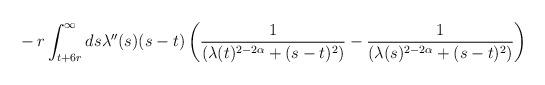
LaTeX: \begin{align*} &-r \int_{t+6r}^{\infty} ds \lambda''(s)(s-t)\left(\frac{1}{(\lambda(t)^{2-2\alpha}+(s-t)^{2})}-\frac{1}{(\lambda(s)^{2-2\alpha}+(s-t)^{2})}\right)\end{align*}